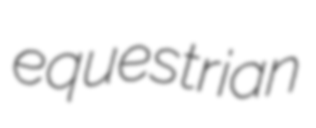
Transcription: equestrian